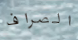
الصراف